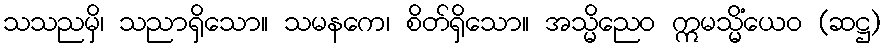
သသညမှိ၊ သညာရှိသော။ သမနကေ၊ စိတ်ရှိသော။ အသ္မိညေဝ ဣမသ္မိံယေဝ (ဆဋ္ဌ)